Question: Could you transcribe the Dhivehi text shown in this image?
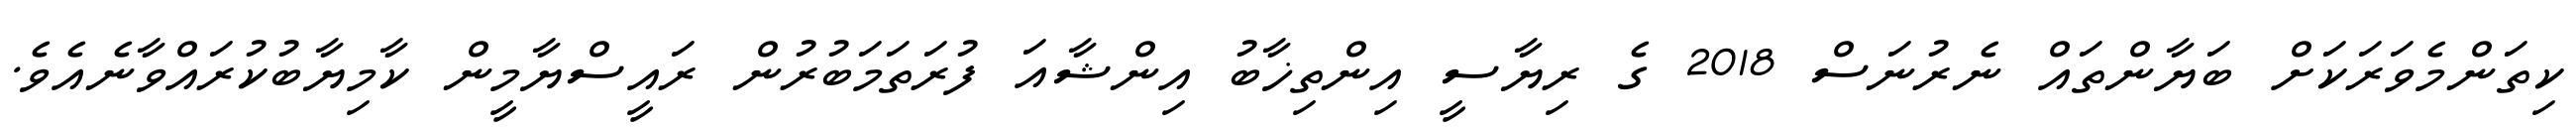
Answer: ކިތަންމެވަރަކަށް ބަޔާންތައް ނެރުނަސް 2018 ގެ ރިޔާސީ އިންތިޚާބު އިންޝާއަ ފުރަތަމަބުރުން ރައީސްޔާމީން ކާމިޔާބުކުރައްވާނެއެވެ.